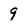
Character: 9